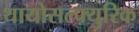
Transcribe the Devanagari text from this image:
थायोसल्फ्युरिक